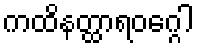
ကထိနတ္ထာရဝဂ္ဂေါ